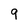
Character: 9